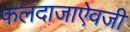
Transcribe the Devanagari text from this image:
फलंदाजाऐवजी